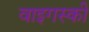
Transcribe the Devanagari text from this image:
वाइगस्की